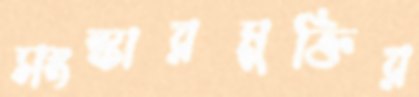
সংস্কারমুক্তির